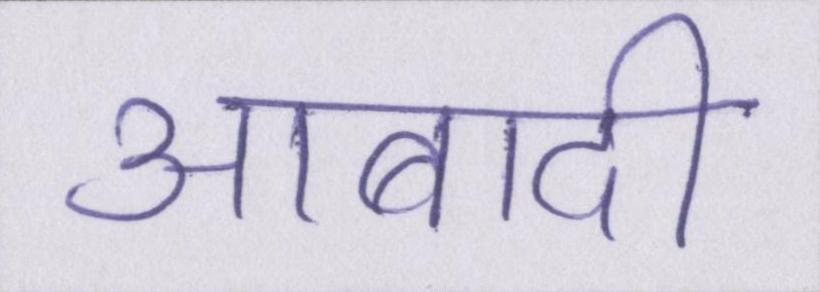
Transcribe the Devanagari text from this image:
आबादी